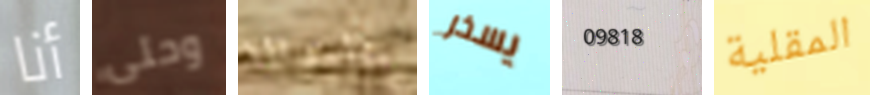
أنا وحتى بالعدالة يسخر 09818 المقلية